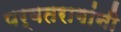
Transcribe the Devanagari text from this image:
पर्वतरागांनी